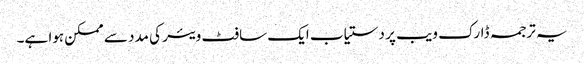
یہ ترجمہ ڈارک ویب پر دستیاب ایک سافٹ ویئر کی مدد سے ممکن ہوا ہے۔